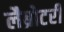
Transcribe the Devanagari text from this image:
लैब्रोटरी